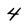
Character: 4